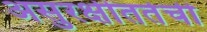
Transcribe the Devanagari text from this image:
असुरक्षीततेची